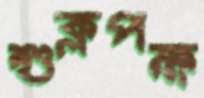
শুক্লপক্ষ